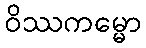
ဝိဿကမ္မော